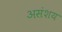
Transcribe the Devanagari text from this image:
असंशय